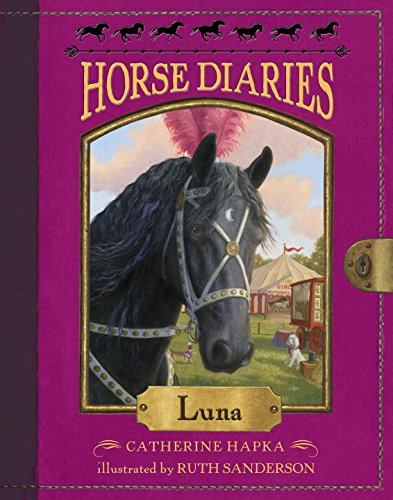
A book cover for Horse Diaries #12: Luna; Catherine Hapka; Children's Books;